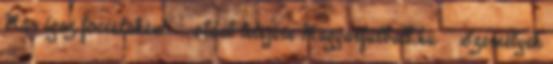
Már igaz focistaként. ⇑ oldal tetejére Magyarfutball.hu » Személyek